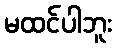
မထင်ပါဘူး